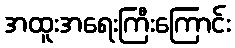
အထူးအရေးကြီးကြောင်း